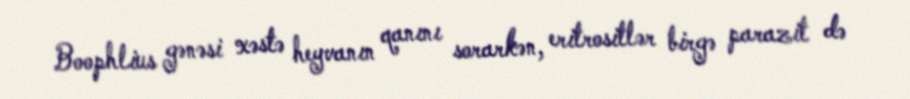
Boophlius gənəsi xəstə heyvanın qanını sorarkən, eritrositlər birgə parazit də